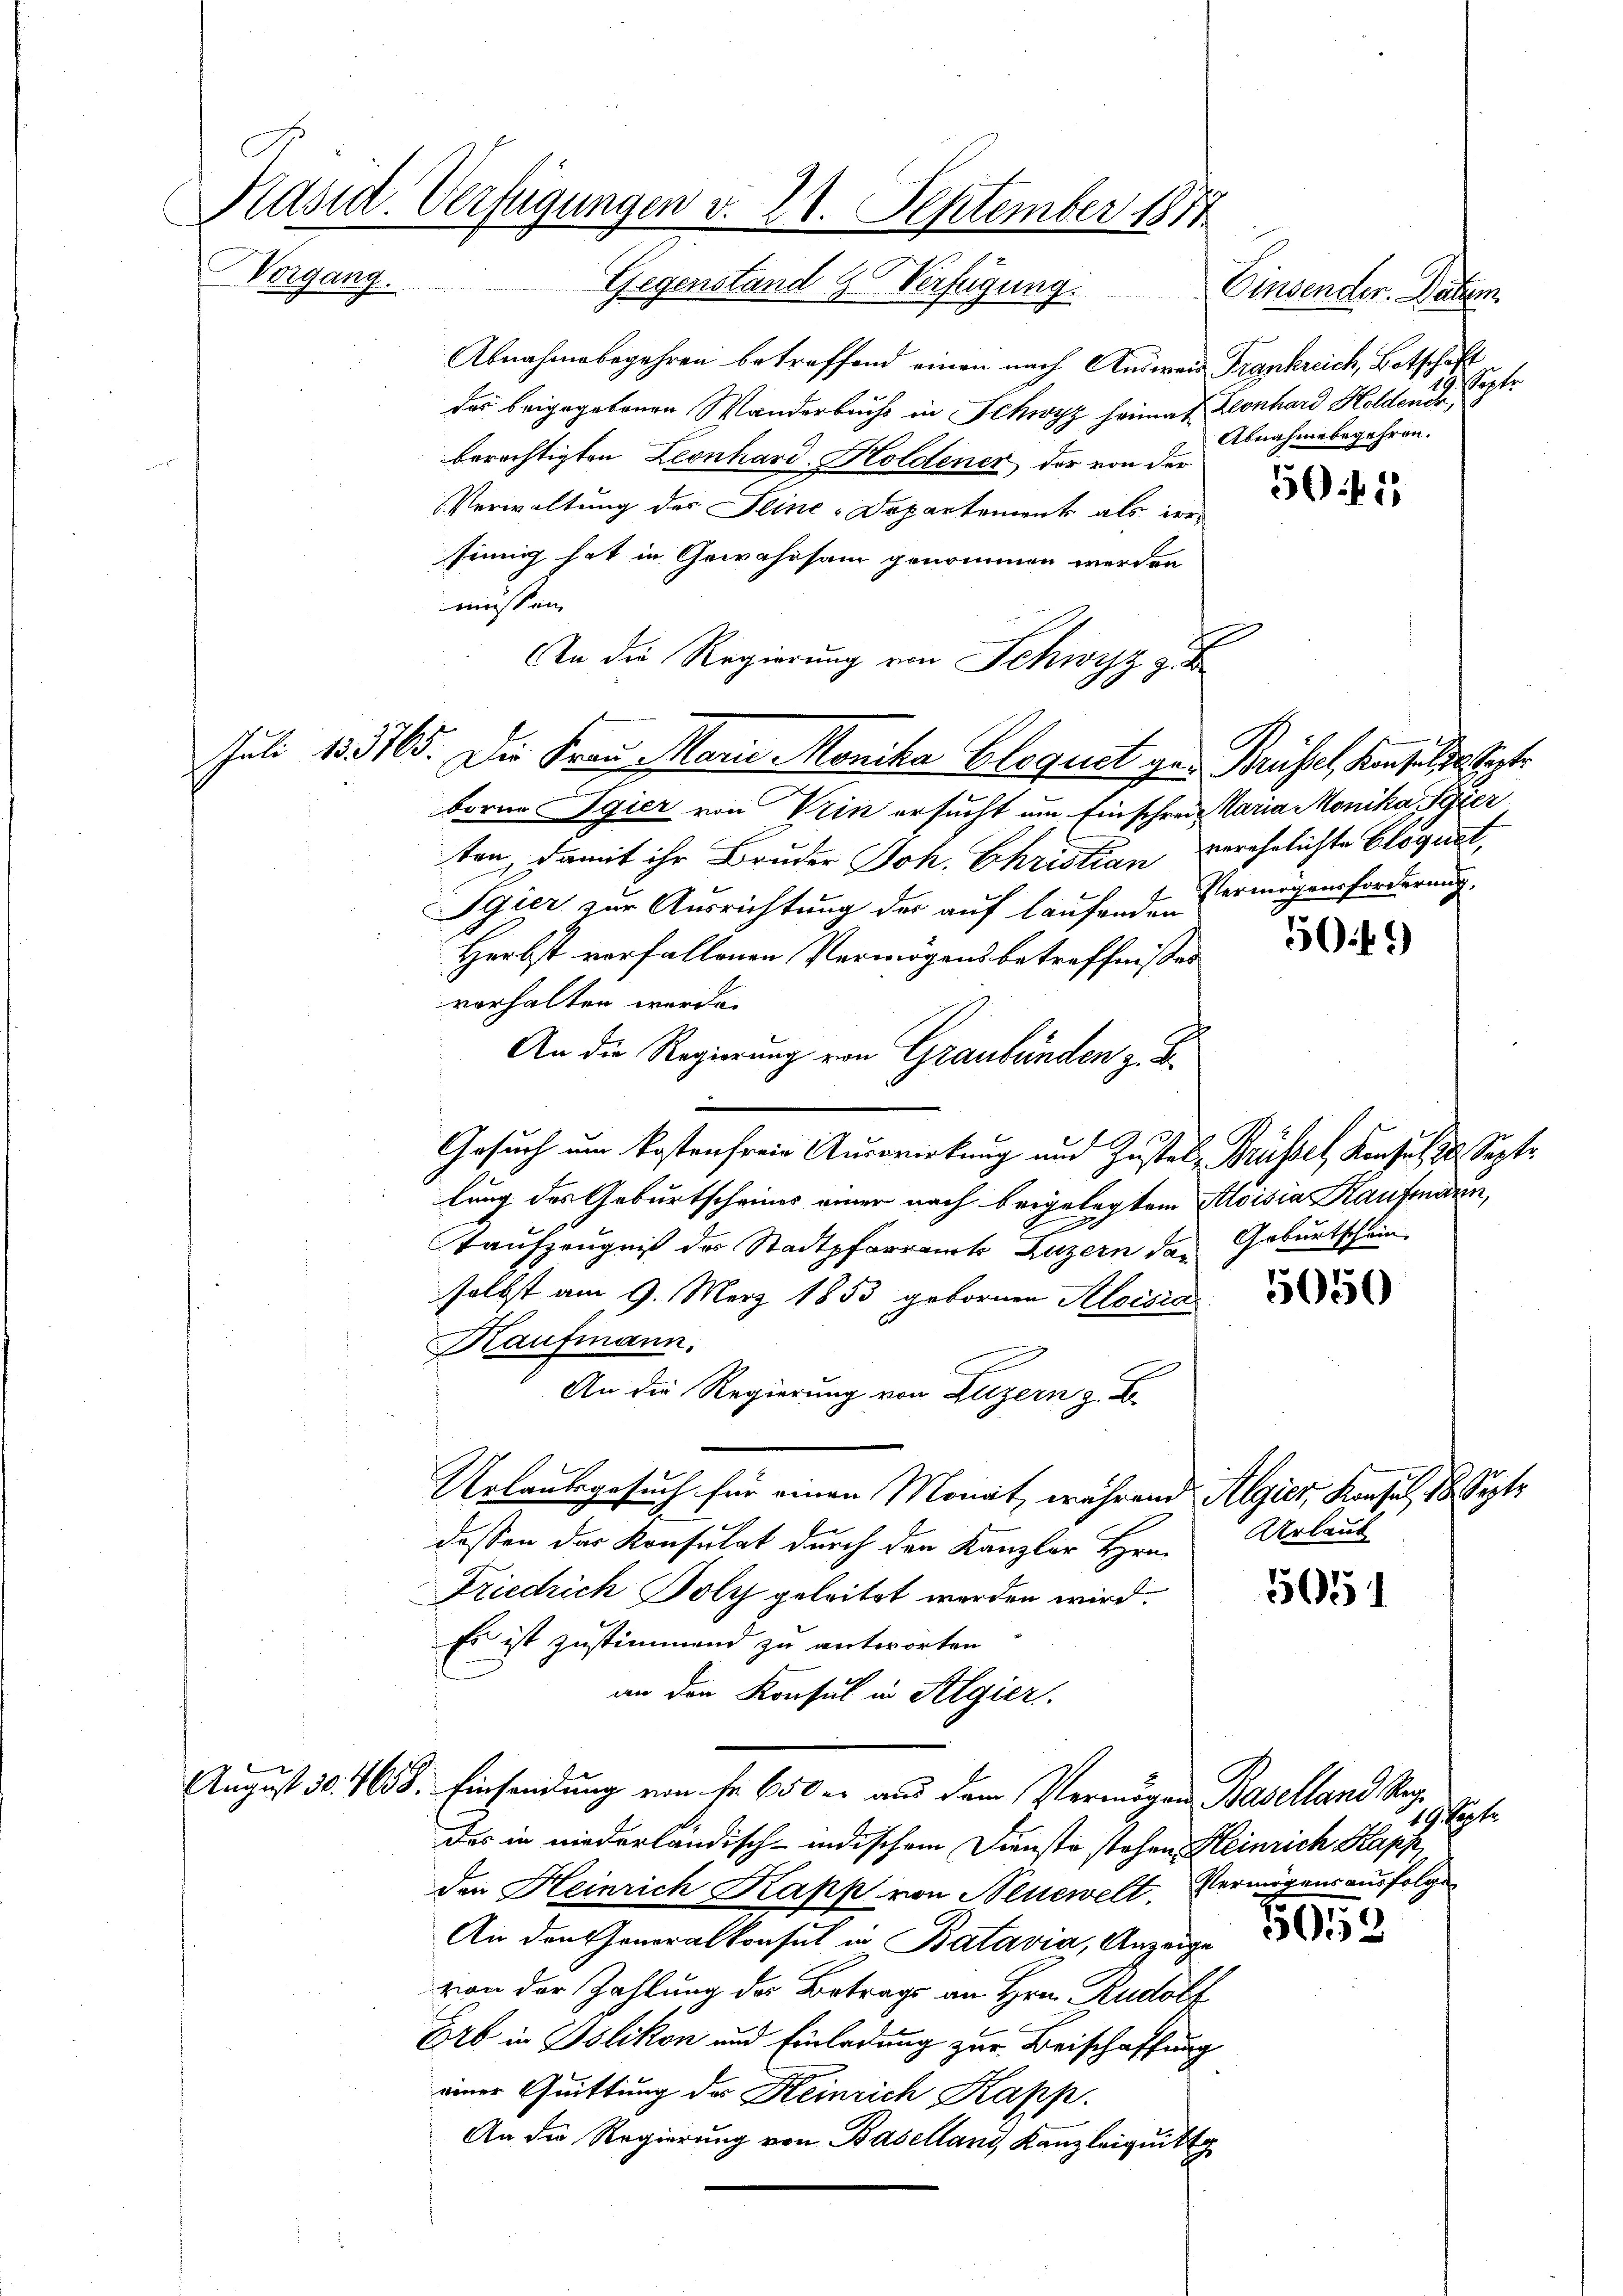
Präsid. Verfügungen v. 21. September 1874
Vorgang.
Gegenstand u. Verfügung.
Einsender. Dahem

Abnahmebegehren betreffend einen nach Anweis Frankreich, Botschaft
das beigegebenen Wanderbuchs in Schwyz heimat Leonhard Holdende,
berechtigten Leonhard-Holdener der von der
Verwaltung des Seine-Departement als dersinnig hat in Gewahrsam genommen werden
müssen,
An die Regierung von Schwyz z. B
borne gier von Vrin ersucht um Einschreit Maria Monika Sizier
ten, damit ihr Bruder Joh. Christian verehelichte Gloquet,
Sgier zur Ausrichtung der auf laufende Vermögensforderung,
Herbst vorfallenen Vermögensbetreffnißen
vorhalten werde.
An die Regierung von Graubünden z. B.
Gesuch um kostenfreie Auswirkung und Zustals Brüssel, Konsul 30. Septe
lung des Geburtscheines einer nach beigelegtem Aloisia Kaufmann
Taufzeugniß des Stadtpfarramts Luzern das Geburtschein
selbst am 9. März 1853 gebornen Aloisia
Kaufmann.
An die Regierung von Luzern z. B.
Urlaubsgesuch für einen Monat, während Algier, Konsul, 18. Septe
dessen das Konsulat durch den Kanzler Hrn. Urlaub
Friedrich Poly geleitet worden wird.
5051
Es ist zustimmend zu antworten
an den Konsul in Algier
August 30. 4638. Einsendung von Fr. 650 er aus dem Vermögen Baselland Seg
Das in niederländisch-indischem Dienste stehen Heinrich Kapp
den Heinrich Kapp von Neuewelt. Vermögensausfolge
5013
An den Generalkonsul in Batavia, Anzeige
von der Zahlung der Betrags an Hrn. Rudolf
Erb in Polikon und Einladung zur Beischaffung
einer Quittung des Heinrich Kapp.
An die Regierung von Baselland, Kanzleiquitt

Juli 185765. Die Frau Marie Monika Glogust gar Brüssel, Kanzelne Sept.

septe
Abnahmebegehren.

505

19. Septe